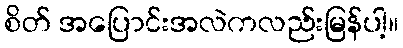
စိတ် အပြောင်းအလဲကလည်းမြန်ပါ့။